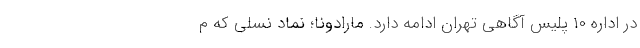
در اداره ۱۰ پلیس آگاهی تهران ادامه دارد. مارادونا؛ نماد نسلی که م